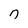
Character: n